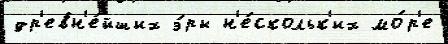
др'евн'е́йших э́ры н'е́скольк'их мо́р'е